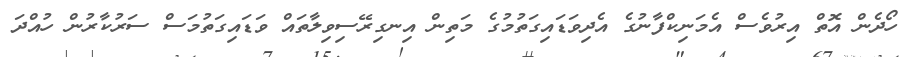
ހޯދެން އޮތް އިރުވެސް އެމަނިކްފާނުގެ އެދިވަޑައިގަތުމުގެ މަތިން އިނގިރޭސިވިލާތައް ވަޑައިގަތުމަސް ސަރުކާރުން ހުއްދަ